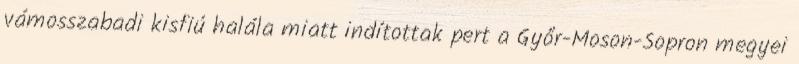
vámosszabadi kisfiú halála miatt indítottak pert a Győr-Moson-Sopron megyei